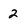
Character: 2